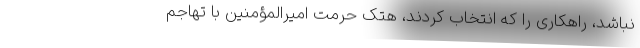
نباشد، راهکاری را که انتخاب کردند، هتک حرمت امیرالمؤمنین با تهاجم